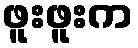
ဖူးဖူးက